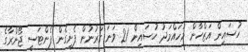
ހުސައިން އަޒްހާން މުހައްމަދު ހުސައިން 21 ވަނަ ގަރުނުން ފެށިގެން ފެންޓަސީ ޖޯންރާގެ